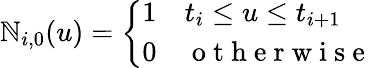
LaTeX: \mathbb{N}_{i,0}(u)=\left\{ \begin{array}{ll}{1}&{t_{i}\leq u\leq t_{i+1}}\\ {0}&{\mathrm{~o~t~h~e~r~w~i~s~e~}}\end{array}\right.